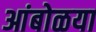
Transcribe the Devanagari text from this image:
आंबोळया